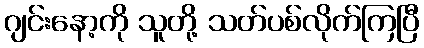
ဂျင်းနော့ကို သူတို့ သတ်ပစ်လိုက်ကြပြီ